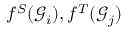
f ^ { S } ( { \mathcal { G } } _ { i } ) , f ^ { T } ( { \mathcal { G } } _ { j } )